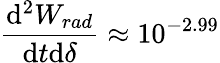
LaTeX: \frac{\mathrm{d}^{2}W_{rad}}{\mathrm{d}t\mathrm{d}\delta}\approx 10^{-2.99}